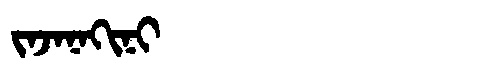
Manchu: ᠵᠠᠵᠠᠨᠠᡴᡳᠨᡳ
Romanization: JAJANAKINI